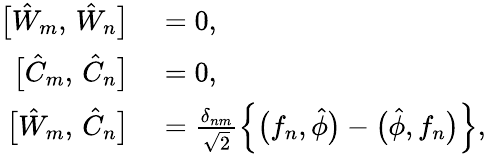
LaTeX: \begin{array}{rl}{\bigl[\hat{W}_{m},\, \hat{W}_{n}\bigr]}&{{}=0,}\\ {\bigl[\hat{C}_{m},\, \hat{C}_{n}\bigr]}&{{}=0,}\\ {\bigl[\hat{W}_{m},\, \hat{C}_{n}\bigr]}&{{}=\frac{\delta_{nm}}{\sqrt{2}}\left\{ \bigl(f_{n},\hat{\phi}\bigr)-\bigl(\hat{\phi},f_{n}\bigr)\right\} ,}\end{array}